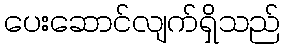
ပေးဆောင်လျက်ရှိသည်